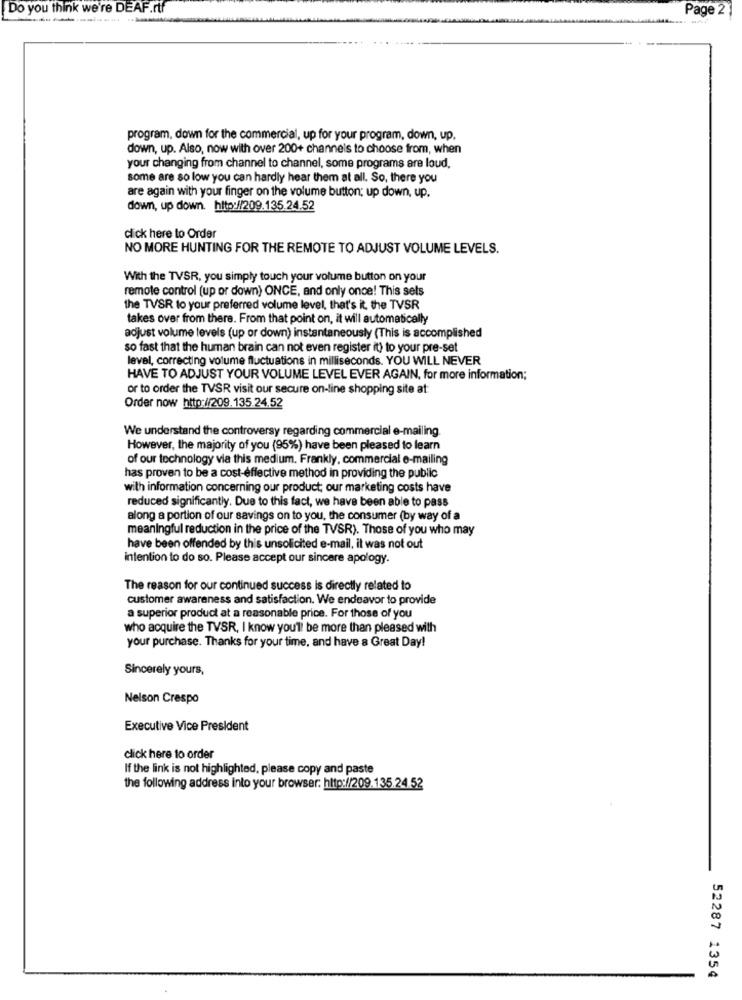
Do you think we're DEAF.rtf
Page 2 1
program, down for the commercial, up for your program, down, up,
down, up. Also, now with over 200+ channels to choose from, when
your changing from channel to channel, some programs are loud,
some are so low you can hardly hear them at all. So, there you
are again with your finger on the volume button; up down, up.
down, up down. http://209.135.24.52
click here to Order
NO MORE HUNTING FOR THE REMOTE TO ADJUST VOLUME LEVELS.
With the TVSR, you simply touch your volume button on your
remote control (up or down) ONCE, and only once! This sels
the TVSR to your preferred volume level, that's it. the TVSR
takes over from there. From that point on, it will automatically
adjust volume levels (up or down) instantaneously (This is accomplished
so fast that the human brain can not even register it) to your pre-set
level, correcting volume fluctuations in milliseconds. YOU WILL NEVER
HAVE TO ADJUST YOUR VOLUME LEVEL EVER AGAIN, for more information;
or to order the TVSR visit our secure on-line shopping site at
Order now http://209.135.24.52
We understand the controversy regarding commercial e-mailing.
However, the majority of you (95%) have been pleased to learn
of our technology via this medium. Frankly, commercial e-mailing
has proven to be a cost-effective method in providing the public
with information concerning our product; our marketing costs have
reduced significantly. Due to this fact, we have been able to pass
along a portion of our savings on to you, the consumer (by way of a
meaningful reduction in the price of the TVSR). Those of you who may
have been offended by this unsolicited e-mail, it was not out
intention to do so. Please accept our sincere apology.
The reason for our continued success is directly related to
customer awareness and satisfaction. We endeavor to provide
a superior product at a reasonable price. For those of you
who acquire the TVSR. I know you'll be more than pleased with
your purchase. Thanks for your time, and have a Great Day!
Sincerely yours,
Nelson Crespo
Executive Vice President
click here to order
If the link is not highlighted, please copy and paste
the following address into your browser: http://209.135.24.52
52287 1354